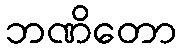
ဘဏိတော